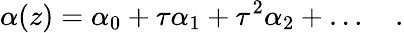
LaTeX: \alpha(z)=\alpha_{0}+\tau\alpha_{1}+\tau^{2}\alpha_{2}+\ldots\quad.